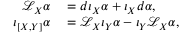
\begin{array} { r l } { \mathcal { L } _ { X } \alpha } & { { } = d \iota _ { X } \alpha + \iota _ { X } d \alpha , } \\ { \iota _ { [ X , Y ] } \alpha } & { { } = \mathcal { L } _ { X } \iota _ { Y } \alpha - \iota _ { Y } \mathcal { L } _ { X } \alpha , } \end{array}